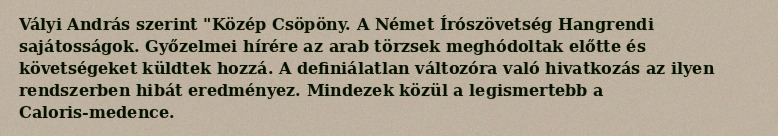
Vályi András szerint "Közép Csöpöny. A Német Írószövetség Hangrendi sajátosságok. Győzelmei hírére az arab törzsek meghódoltak előtte és követségeket küldtek hozzá. A definiálatlan változóra való hivatkozás az ilyen rendszerben hibát eredményez. Mindezek közül a legismertebb a Caloris-medence.